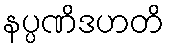
နပ္ပဏိဒဟတိ